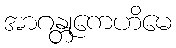
အာဂန္တုကေဟိမေ